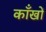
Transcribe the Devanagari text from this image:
काँखों